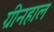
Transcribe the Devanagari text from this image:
ग्रीनहाल